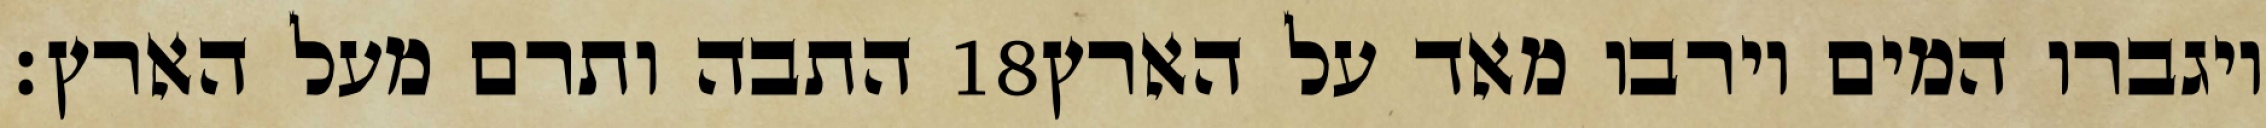
התבה ותרם מעל הארץ׃ ‎18‏ ויגברו המים וירבו מאד על הארץ